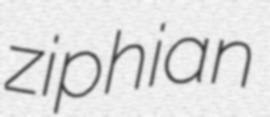
ziphian